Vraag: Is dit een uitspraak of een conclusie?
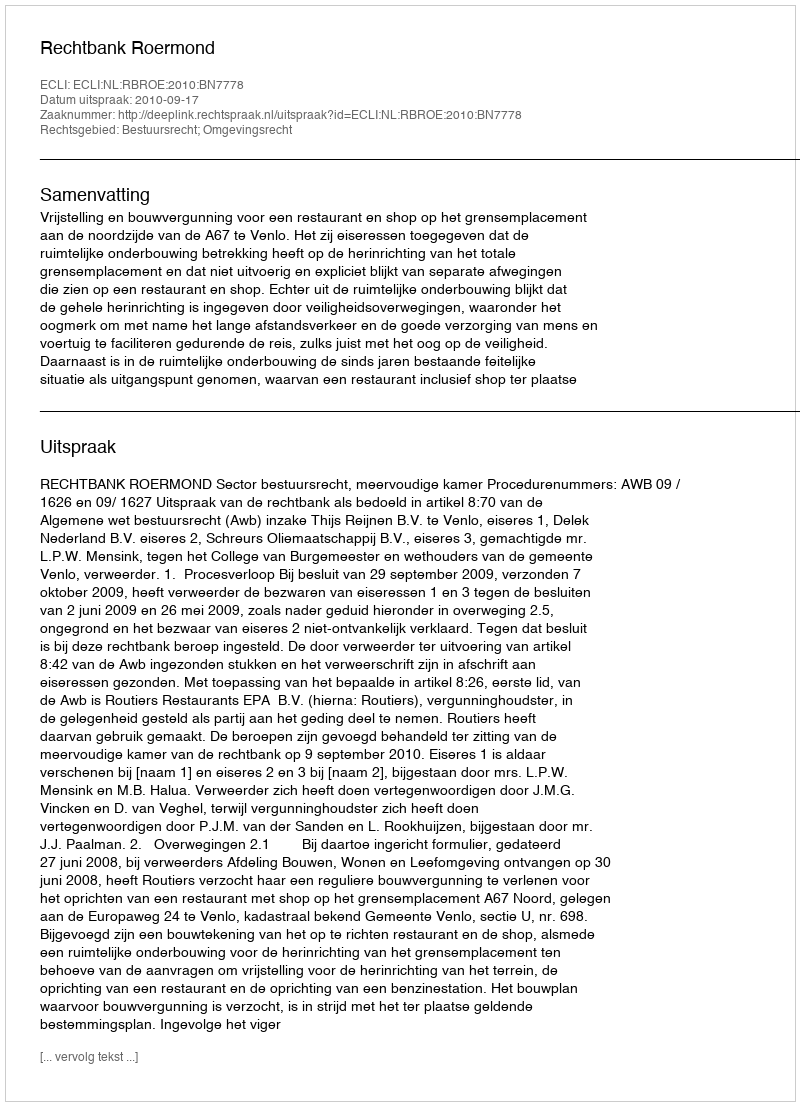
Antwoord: Uitspraak